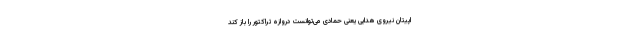
اپیتان نیروی هدایی یعنی حمادی می‌توانست دروازه تراکتور را باز کند